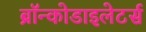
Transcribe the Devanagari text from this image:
ब्रॉन्कोडाइलेटर्स